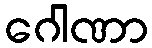
ဂေါဏာ